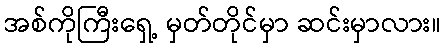
အစ်ကိုကြီးရှေ့ မှတ်တိုင်မှာ ဆင်းမှာလား။